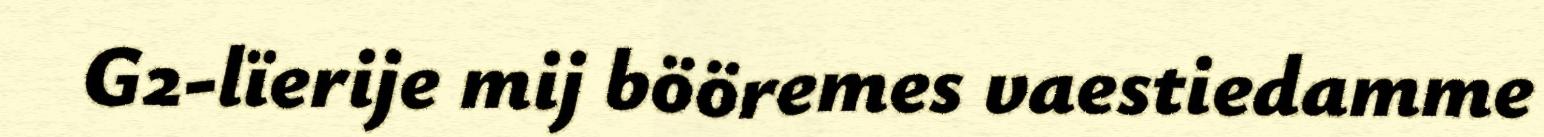
G2-lïerije mij bööremes vaestiedamme